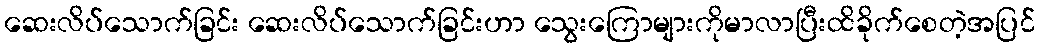
ဆေးလိပ်သောက်ခြင်း ဆေးလိပ်သောက်ခြင်းဟာ သွေးကြောများကိုမာလာပြီးထိခိုက်စေတဲ့အပြင်